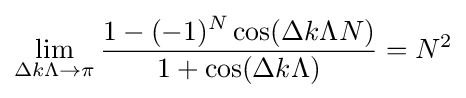
\lim _{\Delta k\Lambda \to \pi }{\frac {1-(-1)^{N}\cos(\Delta k\Lambda N)}{1+\cos(\Delta k\Lambda )}}=N^{2}